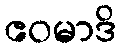
ဧဝမာဒိ